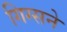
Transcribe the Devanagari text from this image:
गिग्सने